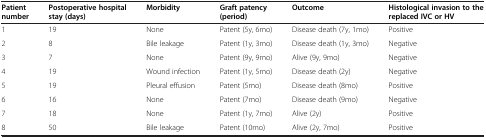
| Patient number | Postoperative hospital stay (days) | Morbidity | Graft patency (period) | Outcome | Histological invasion to the replaced IVC or HV |
 | --- | --- | --- | --- | --- | --- |
 | 1 | 19 | None | Patent (5y, 6mo) | Disease death (7y, 1mo) | Positive |
 | 2 | 8 | Bile leakage | Patent (1y, 3mo) | Disease death (1y, 3mo) | Negative |
 | 3 | 7 | None | Patent (9y, 9mo) | Alive (9y, 9mo) | Negative |
 | 4 | 19 | Wound infection | Patent (1y, 5mo) | Disease death (2y) | Negative |
 | 5 | 19 | Pleural effusion | Patent (5mo) | Disease death (8mo) | Positive |
 | 6 | 16 | None | Patent (7mo) | Disease death (9mo) | Negative |
 | 7 | 18 | None | Patent (1y, 7mo) | Alive (2y) | Positive |
 | 8 | 50 | Bile leakage | Patent (10mo) | Alive (2y, 7mo) | Positive |